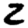
Digit: 2